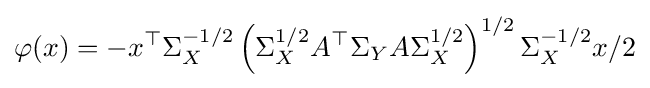
\varphi (x)=-x^{\top }\Sigma _{X}^{-1/2}\left(\Sigma _{X}^{1/2}A^{\top }\Sigma _{Y}A\Sigma _{X}^{1/2}\right)^{1/2}\Sigma _{X}^{-1/2}x/2